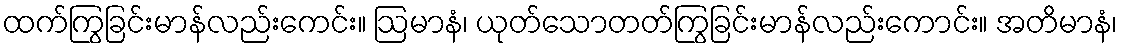
ထက်ကြွခြင်းမာန်လည်းကေင်း။ ဩမာနံ၊ ယုတ်သောတတ်ကြွခြင်းမာန်လည်းကောင်း။ အတိမာနံ၊